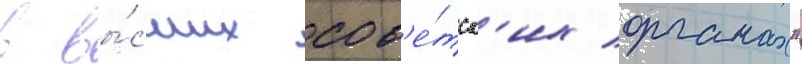
в вы́сших сов'е́тск'их органах"